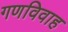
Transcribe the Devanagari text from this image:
गणविवाह